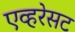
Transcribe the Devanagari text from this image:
एव्हरेसट